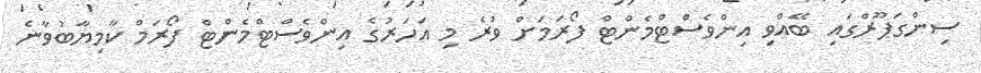
ސިންގަޕޫރްގައި ބޭއްވި އިންވެސްޓްމެންޓް ފޯރަމަށް ވުރެ މި އަހަރުގެ އިންވެސްޓްމެންޓް ފޯރަމް ކާމިޔާބުވާނެ